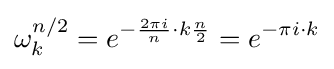
\omega _{k}^{n/2}=e^{-{\frac {2\pi i}{n}}\cdot k{\frac {n}{2}}}=e^{-\pi i\cdot k}